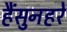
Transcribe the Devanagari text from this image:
हैंसुनहरे